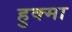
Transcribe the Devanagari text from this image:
हुक्मा